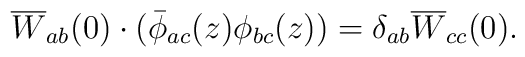
\overline{W}_{ab}(0)\cdot (\bar{\phi }_{ac}(z)\phi _{bc}(z))=\delta_{ab} \overline{W}_{cc}(0).